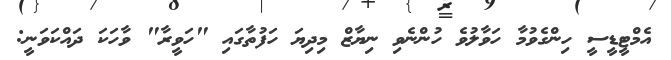
އެމްޓީޑީސީ ހިންގެވުމާ ހަވާލުވެ ހުންނެވި ނިޔާޒް މިދިޔަ ހަފުތާގައި "ހަވީރާ" ވާހަކަ ދައްކަވަނީ: